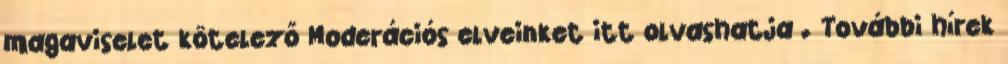
magaviselet kötelező Moderációs elveinket itt olvashatja . További hírek